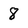
Character: 8